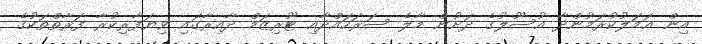
އިން ޢަމަލުކުރަމުންދާ އުސޫލުގެ ދަށުން މާލެ ސަރަހައްދާއި ޓޫރިޒަމް ދާއިރާގައި ވިޔަފާރިކުރާ ފަރާތްތަކުގެ